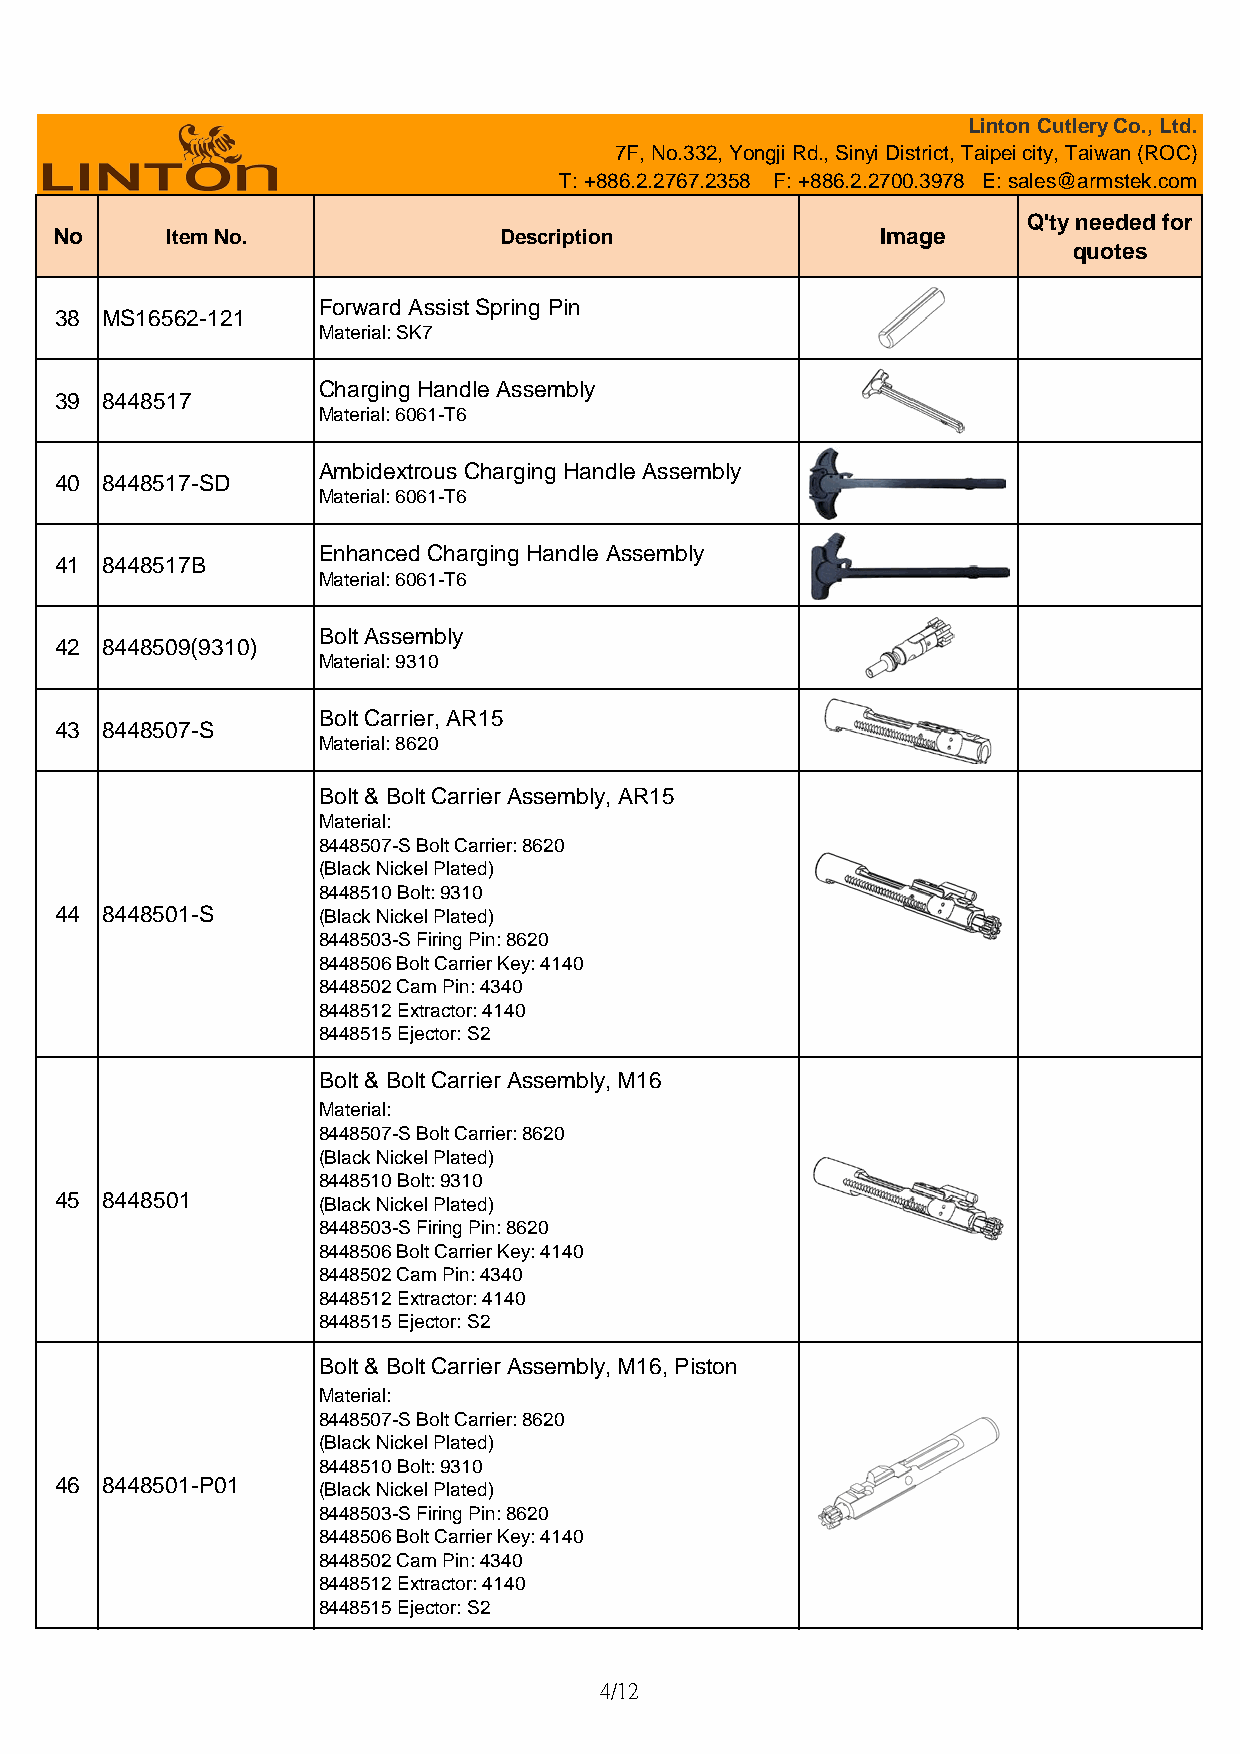
Linton Cutlery Co., Ltd.
 7F, No.332, Yongji Rd., Sinyi District, Taipei city, Taiwan (ROC)
 T: +886.2.2767.2358 F: +886.2.2700.3978 E: sales@armstek.com
 Q'ty needed for
 No      Item No.              Description              Image
 quotes
 Forward Assist Spring Pin
 38 MS16562-121
 Material: SK7
 Charging Handle Assembly
 39 8448517
 Material: 6061-T6
 Ambidextrous Charging Handle Assembly
 40 8448517-SD
 Material: 6061-T6
 Enhanced Charging Handle Assembly
 41 8448517B
 Material: 6061-T6
 Bolt Assembly
 42 8448509(9310)
 Material: 9310
 Bolt Carrier, AR15
 43 8448507-S
 Material: 8620
 Bolt & Bolt Carrier Assembly, AR15
 Material:
 8448507-S Bolt Carrier: 8620
 (Black Nickel Plated)
 8448510 Bolt: 9310
 44 8448501-S      (Black Nickel Plated)
 8448503-S Firing Pin: 8620
 8448506 Bolt Carrier Key: 4140
 8448502 Cam Pin: 4340
 8448512 Extractor: 4140
 8448515 Ejector: S2
 Bolt & Bolt Carrier Assembly, M16
 Material:
 8448507-S Bolt Carrier: 8620
 (Black Nickel Plated)
 8448510 Bolt: 9310
 45 8448501        (Black Nickel Plated)
 8448503-S Firing Pin: 8620
 8448506 Bolt Carrier Key: 4140
 8448502 Cam Pin: 4340
 8448512 Extractor: 4140
 8448515 Ejector: S2
 Bolt & Bolt Carrier Assembly, M16, Piston
 Material:
 8448507-S Bolt Carrier: 8620
 (Black Nickel Plated)
 8448510 Bolt: 9310
 46 8448501-P01    (Black Nickel Plated)
 8448503-S Firing Pin: 8620
 8448506 Bolt Carrier Key: 4140
 8448502 Cam Pin: 4340
 8448512 Extractor: 4140
 8448515 Ejector: S2
 4/12